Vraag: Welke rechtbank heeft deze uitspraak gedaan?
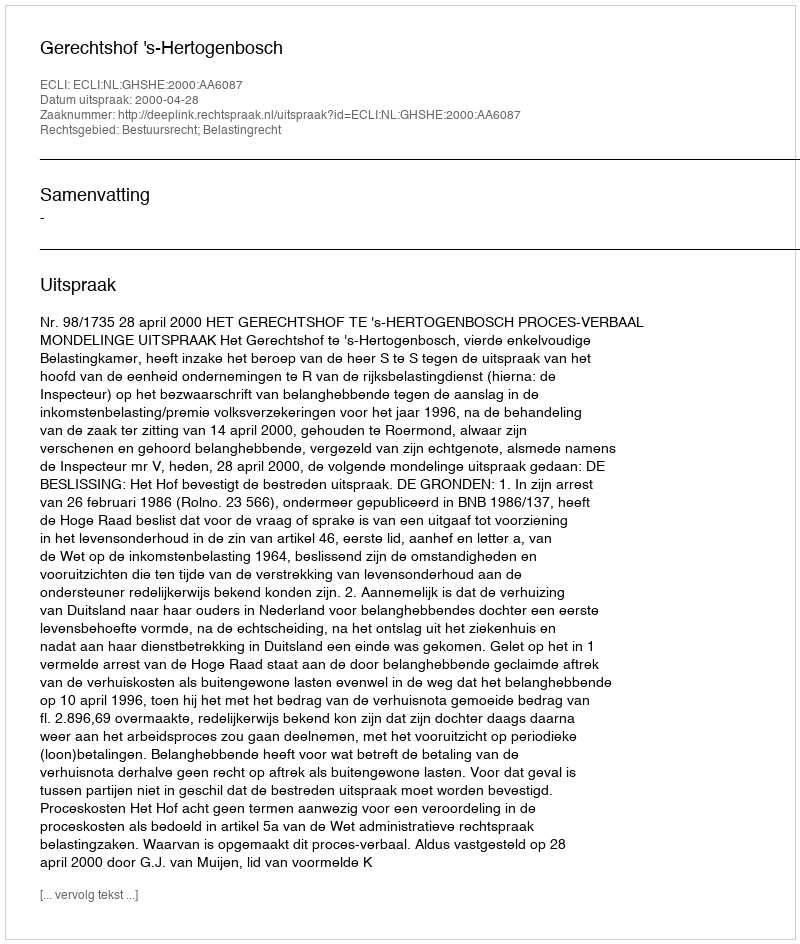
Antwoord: Gerechtshof 's-Hertogenbosch